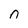
Character: n